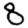
Digit: 8